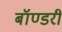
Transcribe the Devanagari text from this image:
बॉण्डरी